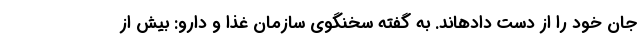
جان خود را از دست دادهاند. به گفته سخنگوی سازمان غذا و دارو: بیش از